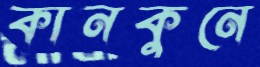
কানকুনে